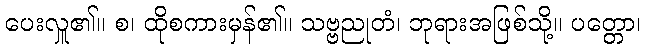
ပေးလှူ၏။ စ၊ ထိုစကားမှန်၏။ သဗ္ဗညုတံ၊ ဘုရားအဖြစ်သို့။ ပတ္တော၊